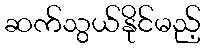
ဆက်သွယ်နိုင်မည့်